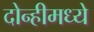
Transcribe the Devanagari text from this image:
दोन्हीमध्ये